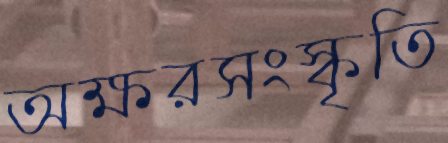
অক্ষরসংস্কৃতি